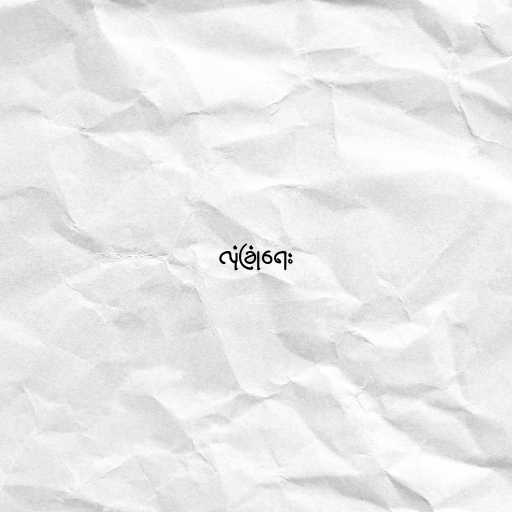
လုံခြုံရေး